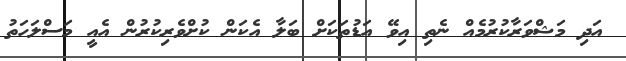
އަދި މަޝްވަރާކުރުމެއް ނެތި އިވޭ އަޑުތަކަށް ބަލާ އެކަން ކުށްވެރިކުރުން އެއީ މަސްލަހަތު